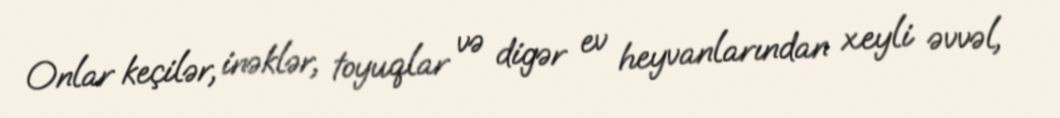
Onlar keçilər, inəklər, toyuqlar və digər ev heyvanlarından xeyli əvvəl,